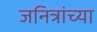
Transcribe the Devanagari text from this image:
जनित्रांच्या